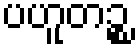
ပဟူတဉ္စ